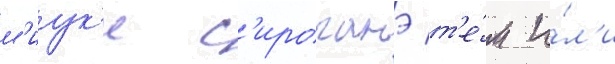
м'иук'и с'ироганэ т'е́м и́л'и